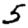
Digit: 5